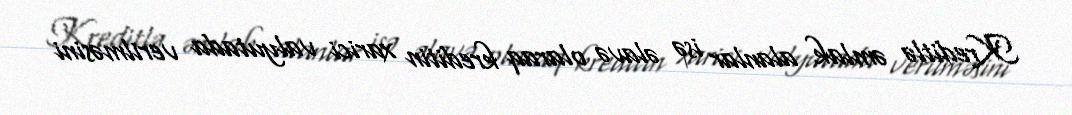
Kreditlə əmlak alanlar isə əlavə olaraq kreditin xarici valyutada verilməsini